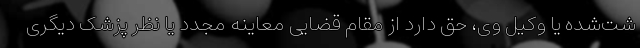
شت‌شده یا وکیل وی، حق دارد از مقام قضایی معاینه مجدد یا نظر پزشک دیگری